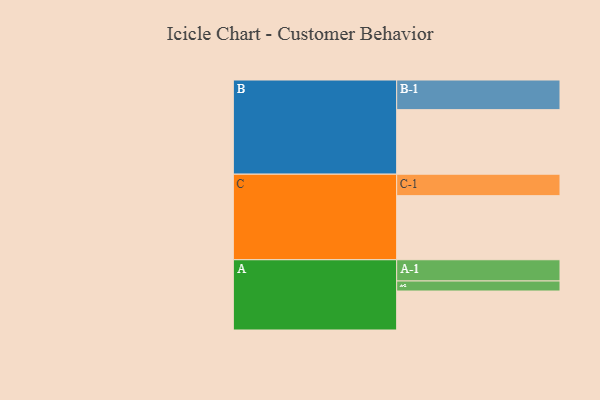
{"axis": {"x": "Segment", "y": "Value"}, "legend": ["", "A", "B", "C"], "data": [{"x": "A", "y": 334, "type": ""}, {"x": "B", "y": 553, "type": ""}, {"x": "C", "y": 549, "type": ""}, {"x": "A-1", "y": 182, "type": "A"}, {"x": "A-2", "y": 86, "type": "A"}, {"x": "B-1", "y": 254, "type": "B"}, {"x": "C-1", "y": 184, "type": "C"}]}